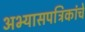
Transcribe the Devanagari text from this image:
अभ्यासपत्रिकांचे